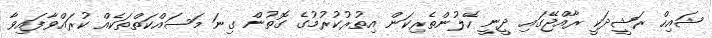
ޝައިހް ރަޝީދަކީ ރާއްޖޭގައި ދީނީ ހޭލުންތެރިކަން އިތުރުކުރުމުގެ ގޮތުން ގިނަ މަސައްކަތްތަކެއް ކުރައްވާފައިވާ